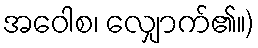
အဝေါစ၊ လျှောက်၏။)